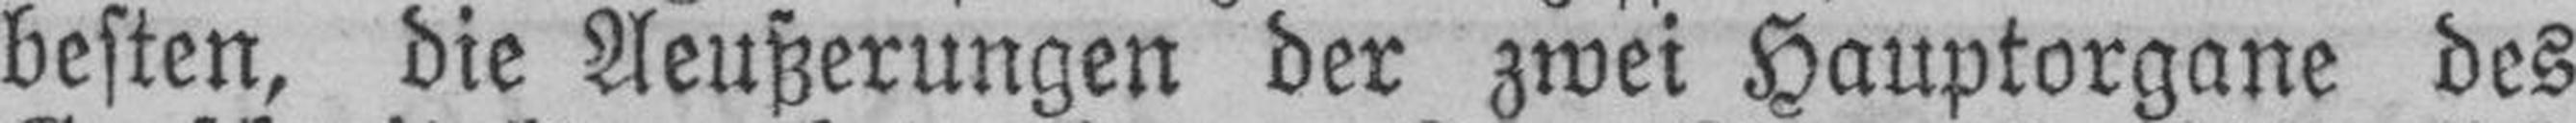
besten, die Aeußerungen der zwei Hauptorgane des